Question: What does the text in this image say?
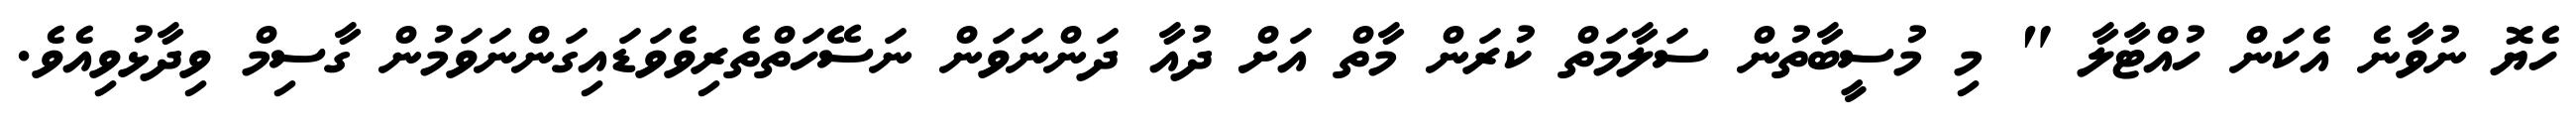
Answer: ހެޔޮ ނުވާނެ އެކަން ހުއްޓާލާ " މި މުސީބާތުން ސަލާމަތް ކުރަން މާތް އަށް ދުއާ ދަންނަވަން ނަސޭހަތްތެރިވެވަޑައިގަންނަވަމުން ގާސިމް ވިދާޅުވިއެވެ.